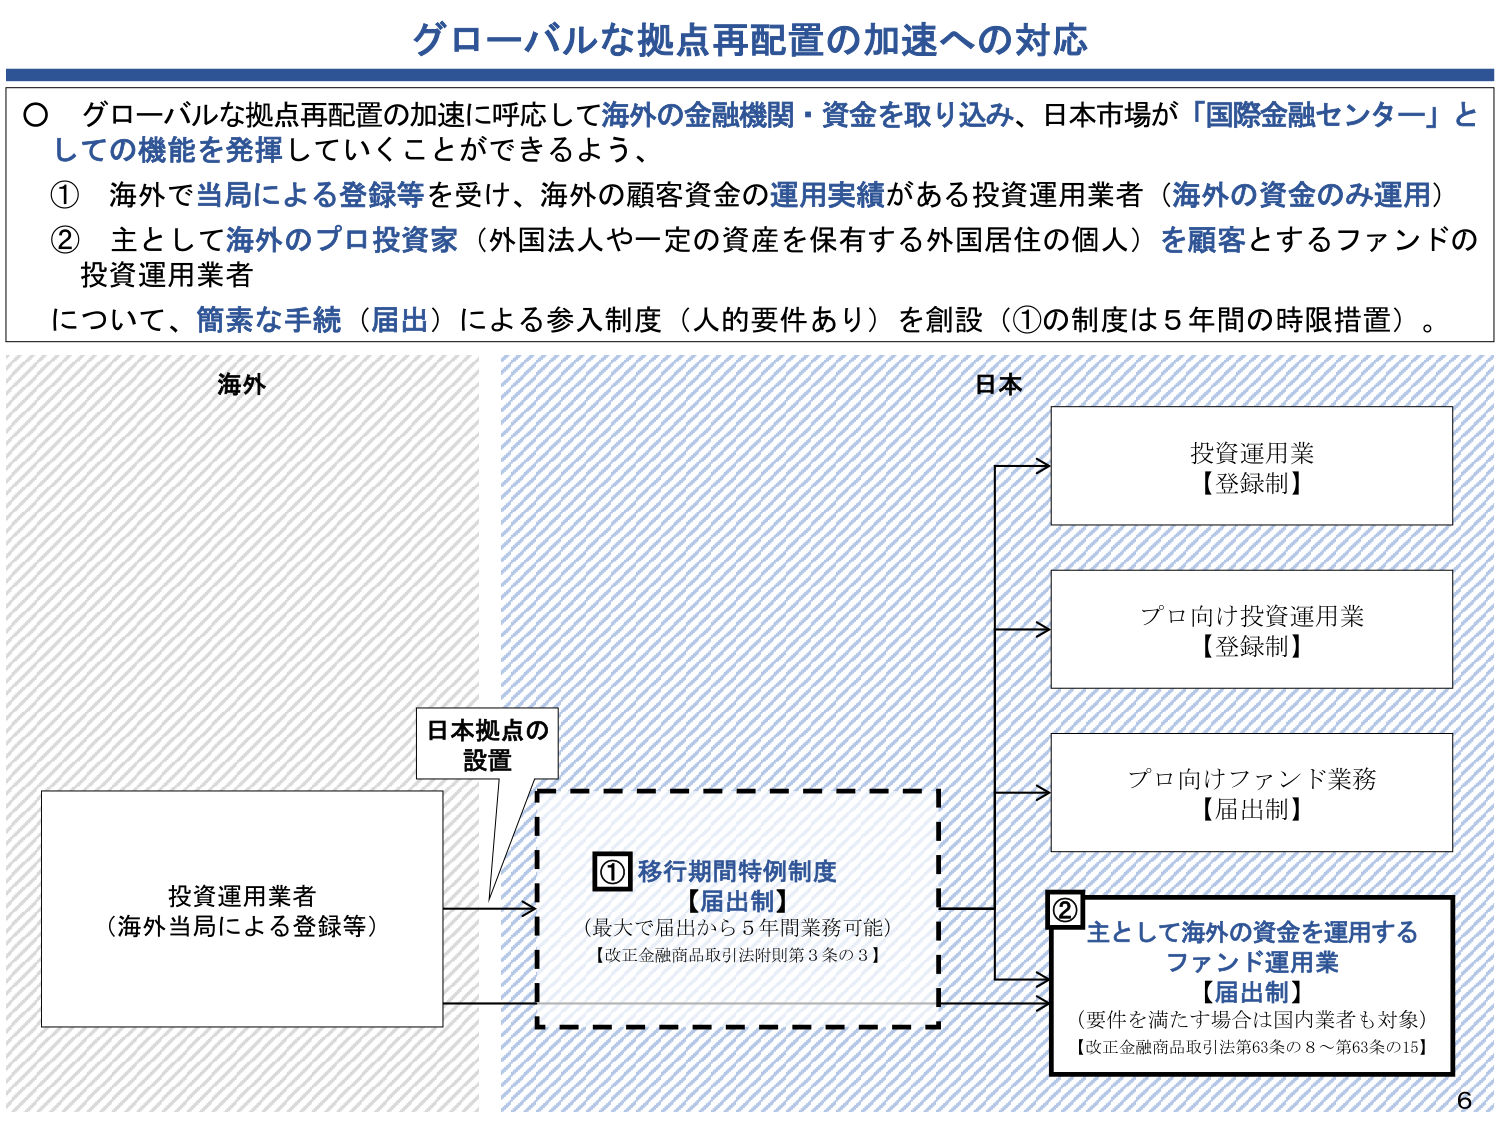
グローバルな拠点再配置の加速への対応

○ グローバルな拠点再配置の加速に呼応して海外の金融機関・資金を取り込み、日本市場が「国際金融センター」としての機能を発揮していくことができるよう、
① 海外で当局による登録等を受け、海外の顧客資金の運用実績がある投資運用業者（海外の資金のみ運用）
② 主として海外のプロ投資家（外国法人や一定の資産を保有する外国居住の個人）を顧客とするファンドの投資運用業者
について、簡素な手続（届出）による参入制度（人的要件あり）を創設（①の制度は5年間の時限措置）。

海外
日本

投資運用業
【登録制】

プロ向け投資運用業
【登録制】

プロ向けファンド業務
【届出制】

日本拠点の
設置

投資運用業者
（海外当局による登録等）

① 移行期間特例制度
【届出制】
（最大で届出から5年間業務可能）
【改正金融商品取引法附則第3条の3】

② 主として海外の資金を運用する
ファンド運用業
【届出制】
（要件を満たす場合は国内業者も対象）
【改正金融商品取引法第63条の8～第63条の15】

6